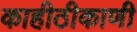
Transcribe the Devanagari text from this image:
काहीठीकाणी